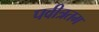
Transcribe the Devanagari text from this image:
पवीत्रतम